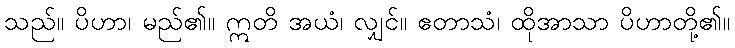
သည်။ ပိဟာ၊ မည်၏။ ဣတိ အယံ၊ လျှင်။ ဧတာသံ၊ ထိုအာသာ ပိဟာတို့၏။